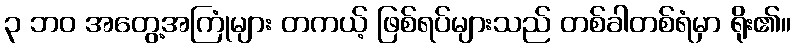
၃ ဘဝ အတွေ့အကြုံများ တကယ့် ဖြစ်ရပ်များသည် တစ်ခါတစ်ရံမှာ ရိုး၏။